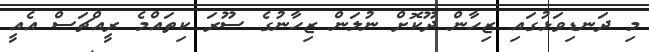
މި ދަނޑިވަޅުގައި ޒިހާން ދޫކޮށް ނުލަން ޒިހާނުގެ ސޫރަ ކިތައްމެ ރީއްޗަސް އެއީ